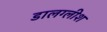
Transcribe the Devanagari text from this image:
डालग्लीश